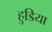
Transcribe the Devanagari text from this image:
हुडिया